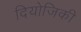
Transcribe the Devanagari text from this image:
दियोजिकी